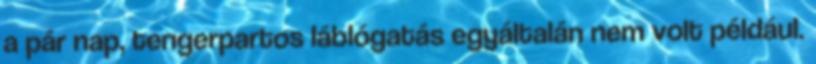
a pár nap, tengerpartos láblógatás egyáltalán nem volt például.